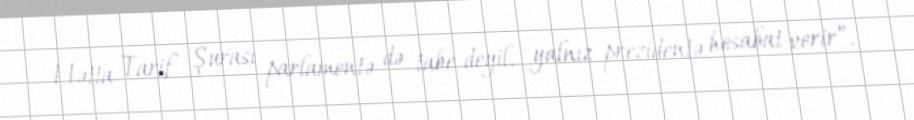
Hətta Tarif Şurası parlamentə də tabe deyil, yalnız prezidentə hesabat verir”.